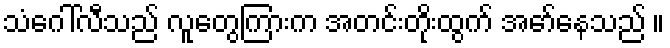
သံဂေါ်လီသည် လူတွေကြားက အတင်းတိုးထွက် အော်နေသည် ။